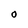
Character: O